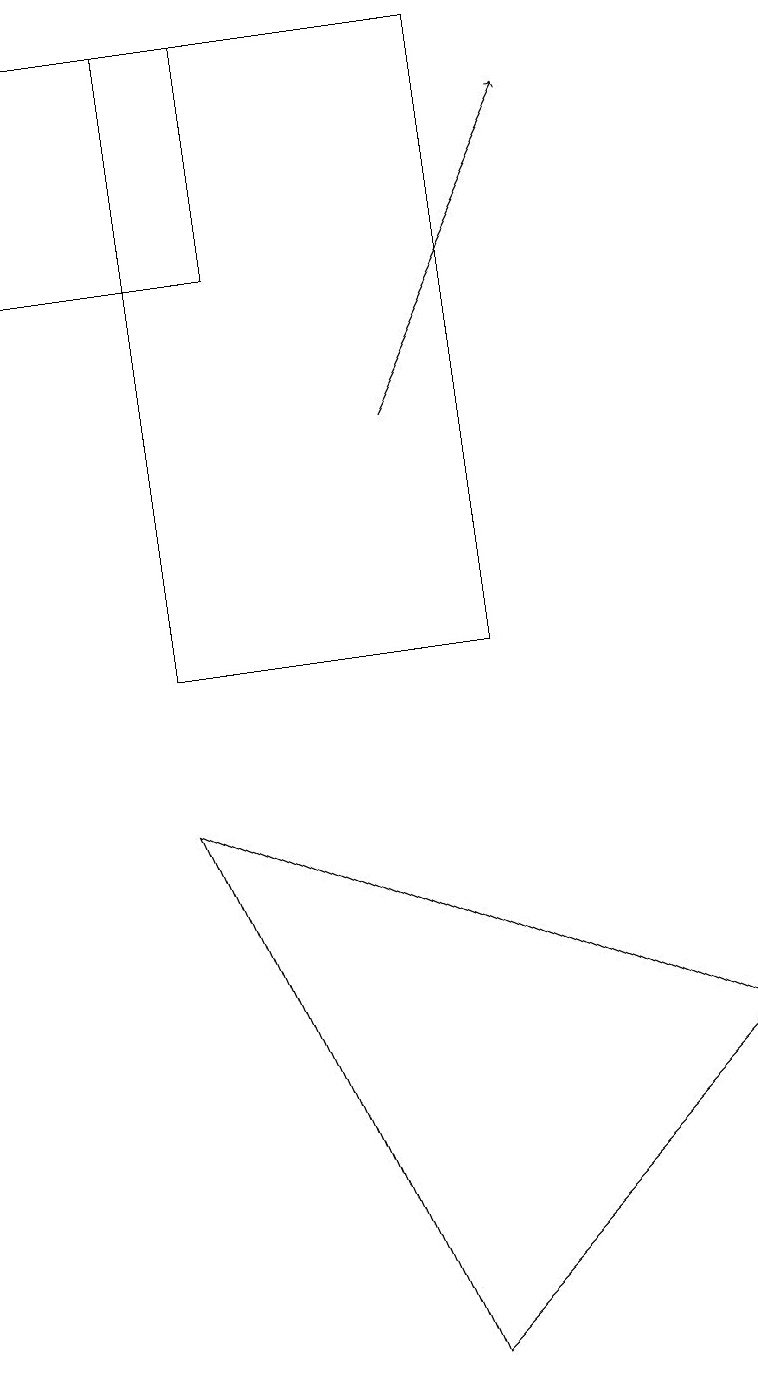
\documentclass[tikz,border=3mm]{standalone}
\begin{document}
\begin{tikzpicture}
\draw (9,5) -- (5,1) -- (2,8) -- cycle;
\draw (2,10) rectangle (6,18);
\draw (3,18) rectangle (0,15);
\draw[->] (5,13) -- (7,17);
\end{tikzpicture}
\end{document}